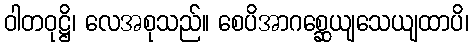
ဝါတဝုဋ္ဌိ၊ လေအစုသည်။ စေပိအာဂစ္ဆေယျသေယျထာပိ၊